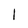
Character: l